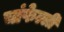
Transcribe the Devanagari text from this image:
चांफेल्ली